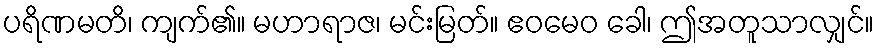
ပရိဏမတိ၊ ကျက်၏။ မဟာရာဇ၊ မင်းမြတ်။ ဧဝမေဝ ခေါ၊ ဤအတူသာလျှင်။